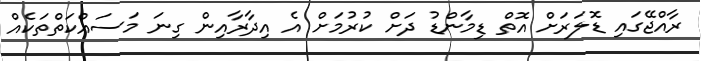
ރާއްޖޭގައި ޑޮލަރަށް އޮތް ޑިމާންޑު ދަށް ކުރުމަށް އެ އިދާރާއިން ގިނަ މަސައްކަތްތަކެއް